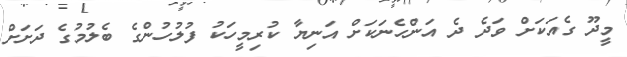
މީދޫ ގެއަކަށް ވަދެ ދެ އަންހެނަކަށް އަނިޔާ ކުރިމީހަކު ފުލުހުންގެ ބެލުމުގެ ދަށަށް